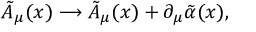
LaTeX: \tilde { A } _ { \mu } ( x ) \longrightarrow \tilde { A } _ { \mu } ( x ) + \partial _ { \mu } \tilde { \alpha } ( x ) ,